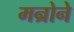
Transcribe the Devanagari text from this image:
मन्रोने